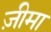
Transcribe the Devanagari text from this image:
ज़ीमा